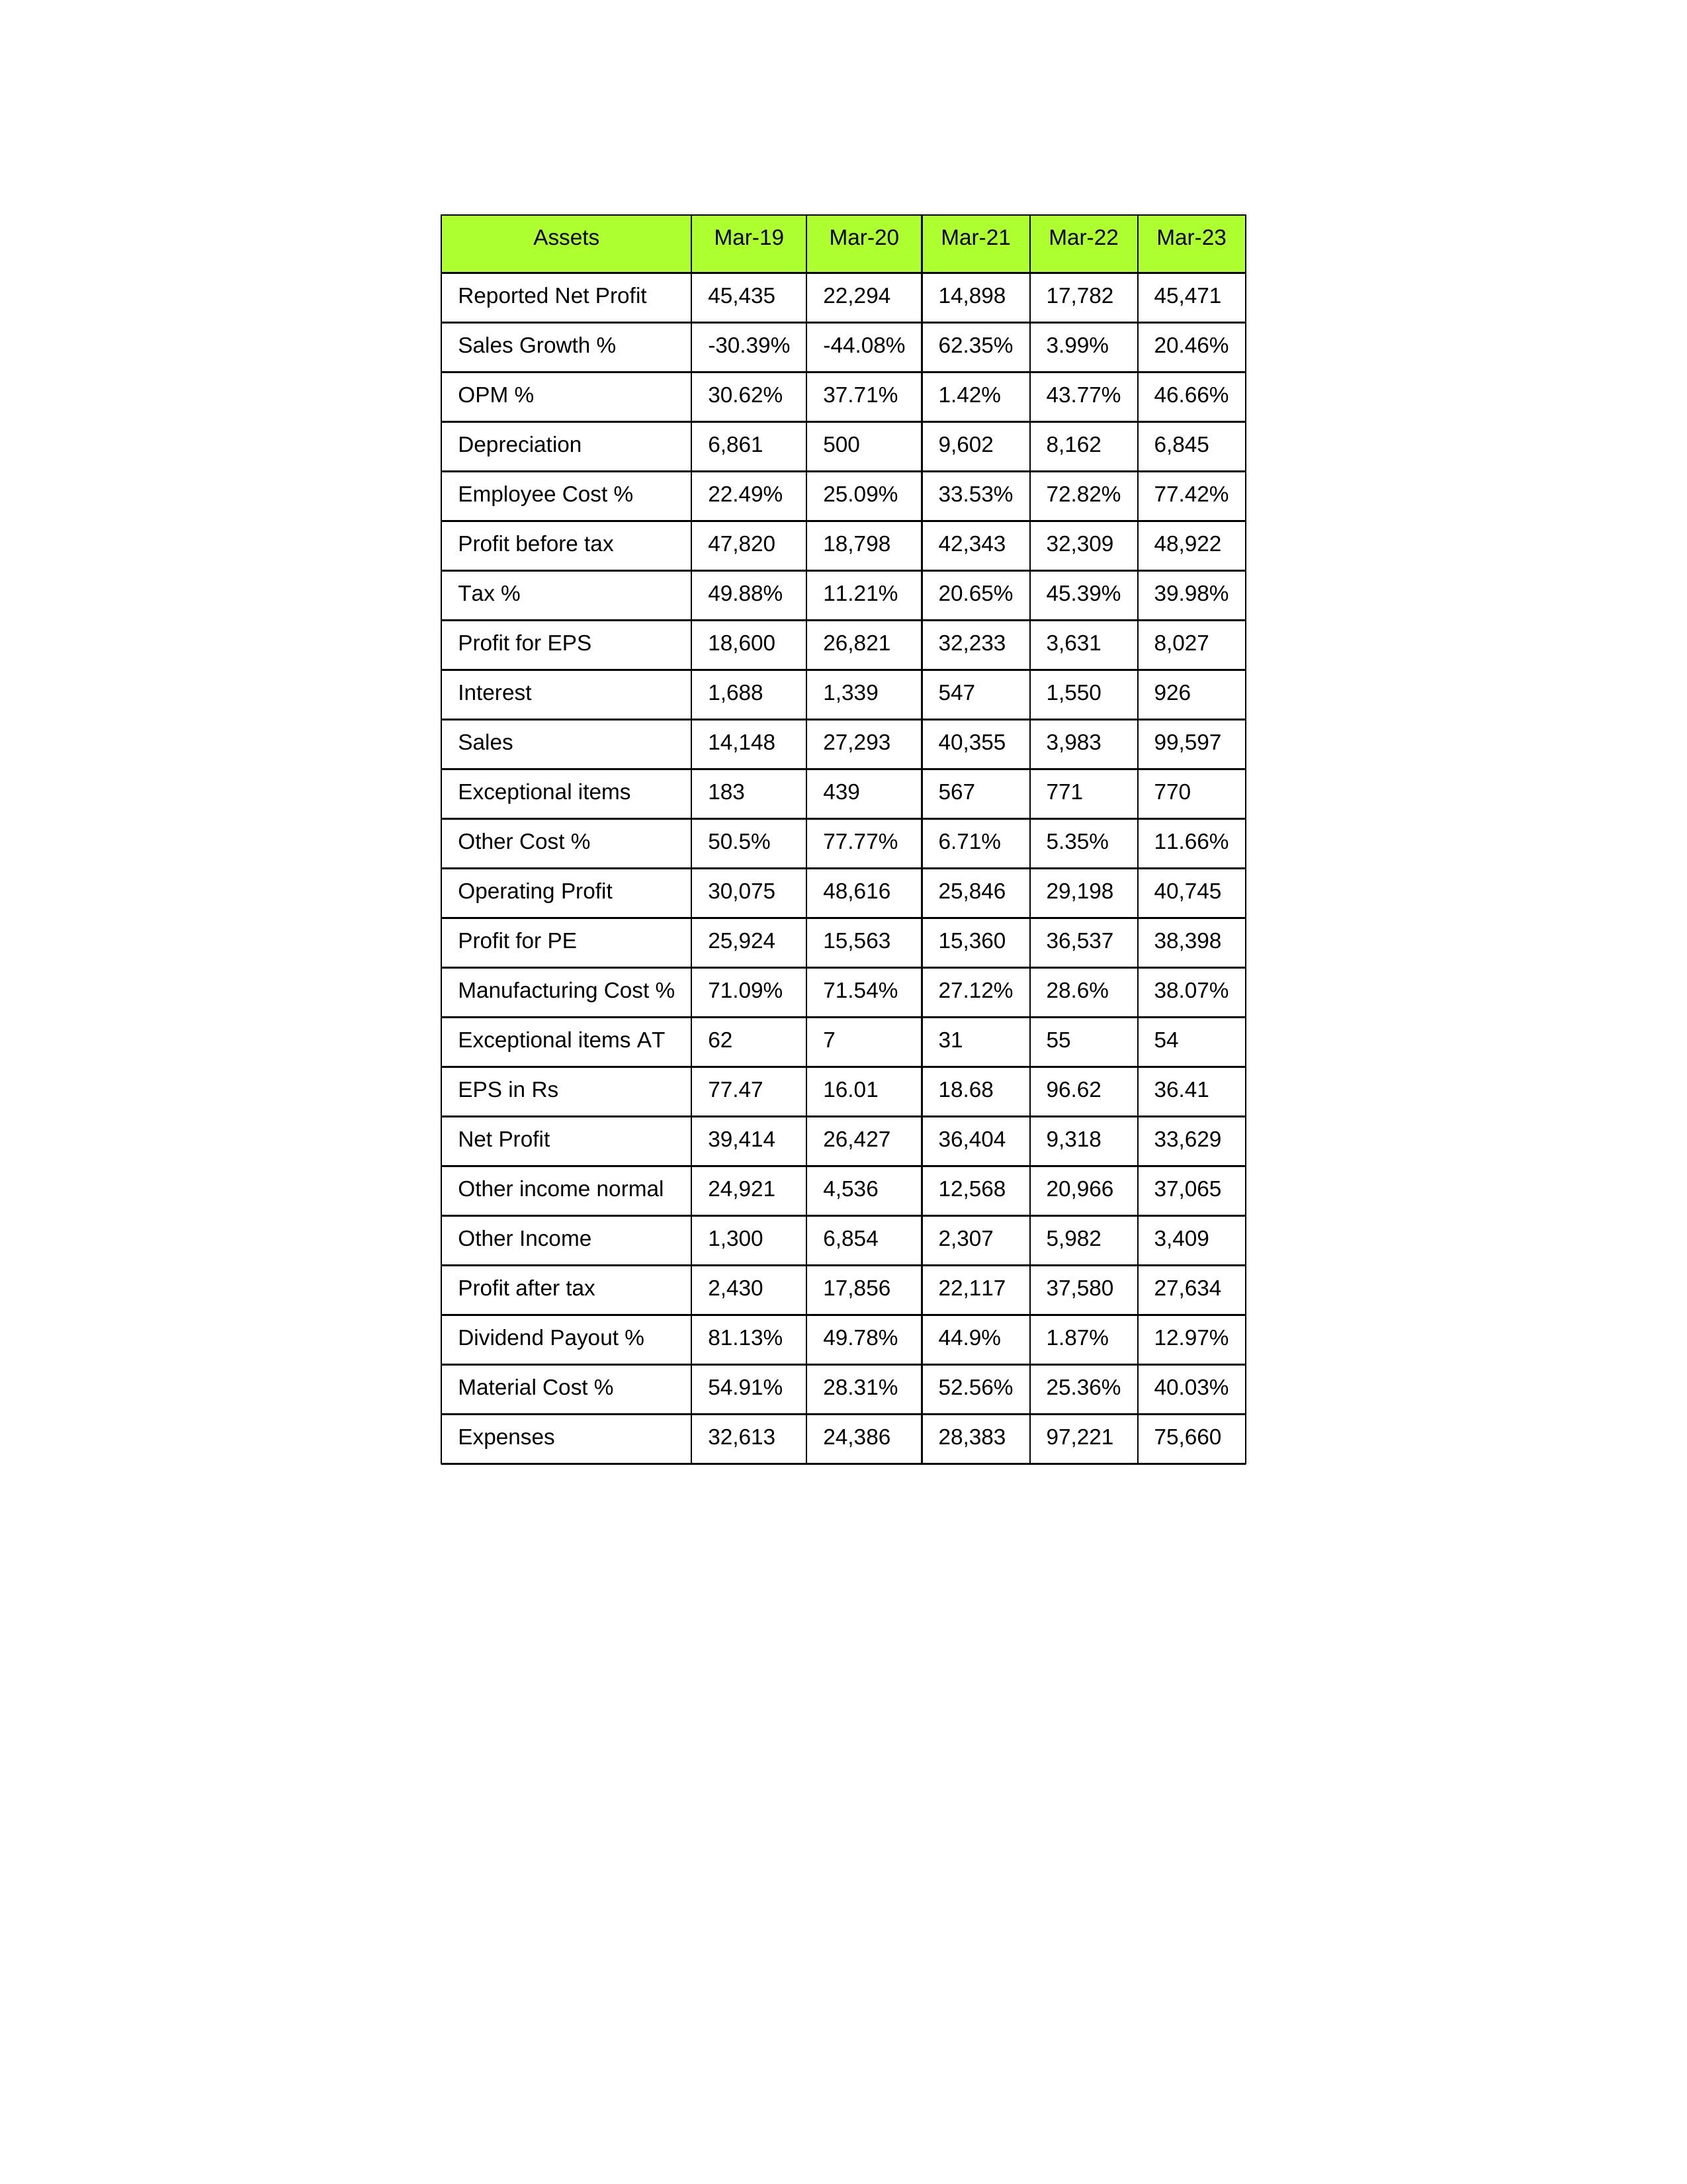
gt_parse: Mar-19: Sales: 14,148
Sales Growth %: -30.39%
Expenses: 32,613
Material Cost %: 54.91%
Manufacturing Cost %: 71.09%
Employee Cost %: 22.49%
Other Cost %: 50.5%
Operating Profit: 30,075
OPM %: 30.62%
Other Income: 1,300
Exceptional items: 183
Other income normal: 24,921
Interest: 1,688
Depreciation: 6,861
Profit before tax: 47,820
Tax %: 49.88%
Net Profit: 39,414
Profit after tax: 2,430
Reported Net Profit: 45,435
Profit for EPS: 18,600
Exceptional items AT: 62
Profit for PE: 25,924
EPS in Rs: 77.47
Dividend Payout %: 81.13%
Mar-20: Sales: 27,293
Sales Growth %: -44.08%
Expenses: 24,386
Material Cost %: 28.31%
Manufacturing Cost %: 71.54%
Employee Cost %: 25.09%
Other Cost %: 77.77%
Operating Profit: 48,616
OPM %: 37.71%
Other Income: 6,854
Exceptional items: 439
Other income normal: 4,536
Interest: 1,339
Depreciation: 500
Profit before tax: 18,798
Tax %: 11.21%
Net Profit: 26,427
Profit after tax: 17,856
Reported Net Profit: 22,294
Profit for EPS: 26,821
Exceptional items AT: 7
Profit for PE: 15,563
EPS in Rs: 16.01
Dividend Payout %: 49.78%
Mar-21: Sales: 40,355
Sales Growth %: 62.35%
Expenses: 28,383
Material Cost %: 52.56%
Manufacturing Cost %: 27.12%
Employee Cost %: 33.53%
Other Cost %: 6.71%
Operating Profit: 25,846
OPM %: 1.42%
Other Income: 2,307
Exceptional items: 567
Other income normal: 12,568
Interest: 547
Depreciation: 9,602
Profit before tax: 42,343
Tax %: 20.65%
Net Profit: 36,404
Profit after tax: 22,117
Reported Net Profit: 14,898
Profit for EPS: 32,233
Exceptional items AT: 31
Profit for PE: 15,360
EPS in Rs: 18.68
Dividend Payout %: 44.9%
Mar-22: Sales: 3,983
Sales Growth %: 3.99%
Expenses: 97,221
Material Cost %: 25.36%
Manufacturing Cost %: 28.6%
Employee Cost %: 72.82%
Other Cost %: 5.35%
Operating Profit: 29,198
OPM %: 43.77%
Other Income: 5,982
Exceptional items: 771
Other income normal: 20,966
Interest: 1,550
Depreciation: 8,162
Profit before tax: 32,309
Tax %: 45.39%
Net Profit: 9,318
Profit after tax: 37,580
Reported Net Profit: 17,782
Profit for EPS: 3,631
Exceptional items AT: 55
Profit for PE: 36,537
EPS in Rs: 96.62
Dividend Payout %: 1.87%
Mar-23: Sales: 99,597
Sales Growth %: 20.46%
Expenses: 75,660
Material Cost %: 40.03%
Manufacturing Cost %: 38.07%
Employee Cost %: 77.42%
Other Cost %: 11.66%
Operating Profit: 40,745
OPM %: 46.66%
Other Income: 3,409
Exceptional items: 770
Other income normal: 37,065
Interest: 926
Depreciation: 6,845
Profit before tax: 48,922
Tax %: 39.98%
Net Profit: 33,629
Profit after tax: 27,634
Reported Net Profit: 45,471
Profit for EPS: 8,027
Exceptional items AT: 54
Profit for PE: 38,398
EPS in Rs: 36.41
Dividend Payout %: 12.97%